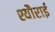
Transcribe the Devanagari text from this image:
श्यौराई